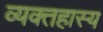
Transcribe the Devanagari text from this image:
व्यक्तहास्य